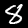
Digit: 8